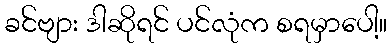
ခင်ဗျား ဒါဆိုရင် ပင်လုံက စရမှာပေါ့။